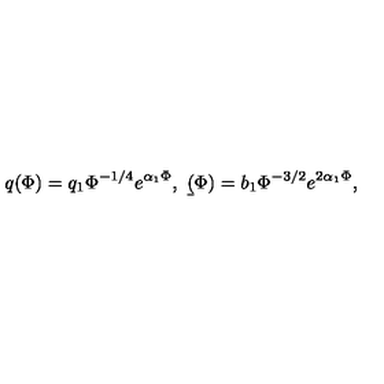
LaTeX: q ( \Phi ) = q _ { 1 } \Phi ^ { - 1 / 4 } e ^ { \alpha _ { 1 } \Phi } , \ \b ( \Phi ) = b _ { 1 } \Phi ^ { - 3 / 2 } e ^ { 2 \alpha _ { 1 } \Phi } ,